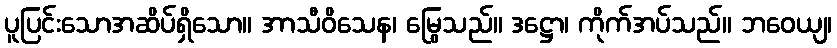
ပူပြင်းသောအဆိပ်ရှိသော။ အာသီဝိသေန၊ မြွေသည်။ ဒဋ္ဌော၊ ကိုက်အပ်သည်။ ဘဝေယျ၊